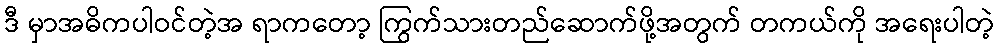
ဒီ မှာအဓိကပါဝင်တဲ့အ ရာကတော့ ကြွက်သားတည်ဆောက်ဖို့အတွက် တကယ်ကို အရေးပါတဲ့